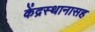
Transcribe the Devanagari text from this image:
केंद्रस्थानासह